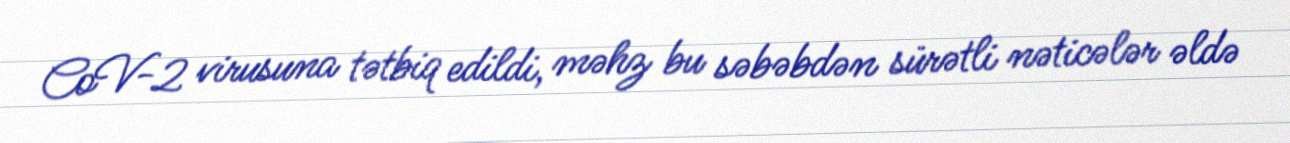
CoV-2 virusuna tətbiq edildi, məhz bu səbəbdən sürətli nəticələr əldə